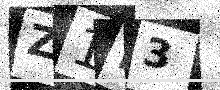
Text: Z1K3